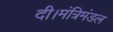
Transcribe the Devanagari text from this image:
दी।मंत्रिमंडल